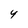
Character: Y